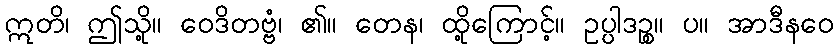
ဣတိ၊ ဤသို့။ ဝေဒိတဗ္ဗံ၊ ၏။ တေန၊ ထို့ကြောင့်။ ဥပ္ပါဒဉ္စ။ ပ။ အာဒီနဝေ